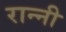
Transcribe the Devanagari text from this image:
रान्नी